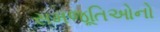
સમજૂતિઓનો